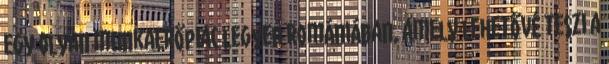
egy olyan munkaerőpiac legyen Romániában, amely lehetővé teszi a